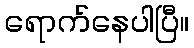
ရောက်နေပါပြီ။